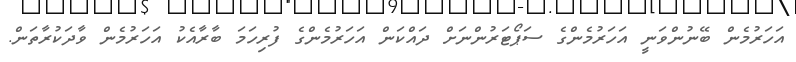
އަހަރުމެން ބޭނުންވަނީ އަހަރުމެންގެ ސަޕޯޓަރުންނަށް ދައްކަން އަހަރުމެންގެ ފުރިހަމަ ބާރާއެކު އަހަރުމެން ވާދަކުރާތަން.